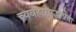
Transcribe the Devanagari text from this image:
व्यवहारपद्धतींचा